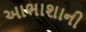
આભાશાની